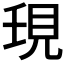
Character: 𧠒